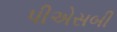
પીએસબી